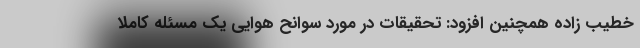
خطیب زاده همچنین افزود: تحقیقات در مورد سوانح هوایی یک مسئله کاملا